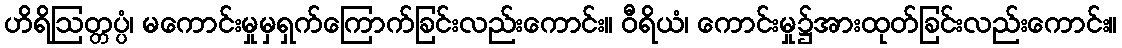
ဟိရိဩတ္တပ္ပံ၊ မကောင်းမှုမှရှက်ကြောက်ခြင်းလည်းကောင်း။ ဝီရိယံ၊ ကောင်းမှု၌အားထုတ်ခြင်းလည်းကောင်း။